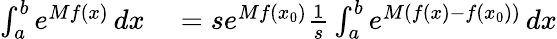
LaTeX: \begin{array}{rl}{\int_{a}^{b}e^{Mf(x)}\, dx}&{{}=se^{Mf(x_{0})}{\frac{1}{s}}\int_{a}^{b}e^{M(f(x)-f(x_{0}))}\, dx}\end{array}